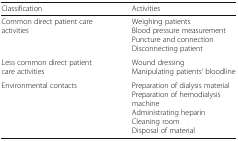
<table><thead><tr><td><b>Classification</b></td><td><b>Activities</b></td></tr></thead><tbody><tr><td>Common direct patient care activities</td><td>Weighing patientsBlood pressure measurementPuncture and connectionDisconnecting patient</td></tr><tr><td>Less common direct patient care activities</td><td>Wound dressingManipulating patients’ bloodline</td></tr><tr><td>Environmental contacts</td><td>Preparation of dialysis materialPreparation of hemodialysis machineAdministrating heparinCleaning roomDisposal of material</td></tr></tbody></table>